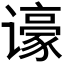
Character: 𬤫